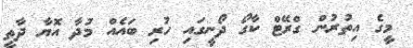
މީގެ އިތުރުން ގްރޭޓް ކާގޯ ދޯނީގައި ހުރި ބައެއް މުދާ އޮޔާ ދާތީ